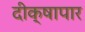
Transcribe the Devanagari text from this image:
दीक्षापार